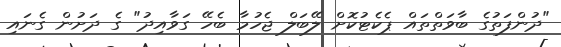
"ދުންފަތުގެ ބާވަތްތައް ޕެކެޓުކޮށް ލޭބަލް ޖެހުމާ ބެހޭ ގަވާއިދު" ގެ ދަށުން ގެނައި